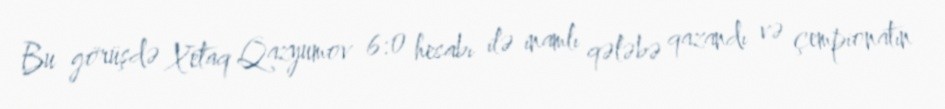
Bu görüşdə Xetaq Qazyumov 6:0 hesabı ilə inamlı qələbə qazandı və çempionatın